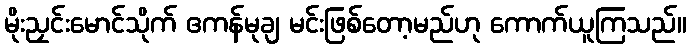
မိုးညှင်းမောင်သိုက် ဧကန်မုချ မင်းဖြစ်တော့မည်ဟု ကောက်ယူကြသည်။